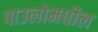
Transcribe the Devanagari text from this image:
पाउलोमधील